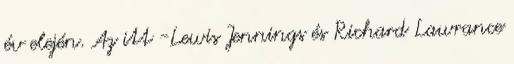
év elején. Az itt -Lewis Jennings és Richard Lawrance